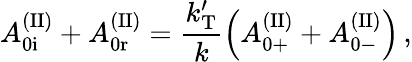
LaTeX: A_{\mathrm{0i}}^{\mathrm{(II)}}+A_{\mathrm{0r}}^{\mathrm{(II)}}=\frac{k_{\mathrm{T}}^{\prime}}{k}\left(A_{\mathrm{0+}}^{\mathrm{(II)}}+A_{\mathrm{0-}}^{\mathrm{(II)}}\right)\, ,